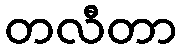
တလီတာ